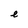
Character: e